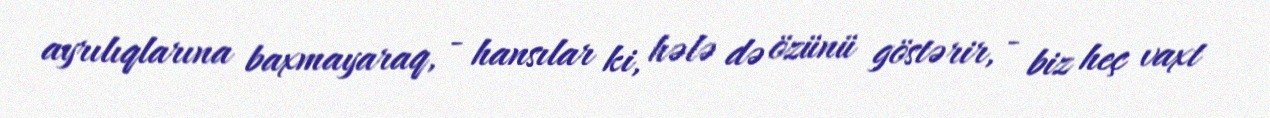
ayrılıqlarına baxmayaraq, - hansılar ki, hələ də özünü göstərir, - biz heç vaxt